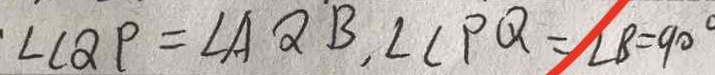
\cdot \angle C Q P = \angle A Q B , \angle C P Q = \angle B = 9 0 ^ { \circ }